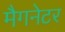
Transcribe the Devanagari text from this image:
मैगनेटर